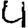
Digit: 4